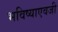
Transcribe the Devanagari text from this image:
भविष्याएवजी